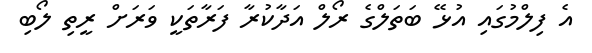
އެ ފިލްމުގައި އުޅޭ ބަތަލްގެ ރޯލް އަދާކުރާ ފަރާތަކީ ވަރަށް ރީތި ލޯބި